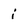
Character: i